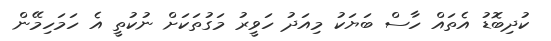
ކުދިބޮޑު އެތައް ހާސް ބަޔަކު މިއަދު ހަވީރު މަގުތަކަށް ނުކުތީ އެ ހަމަހިމޭން